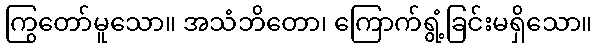
ကြွတော်မူသော။ အသံဘိတော၊ ကြောက်ရွံ့ခြင်းမရှိသော။